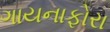
ગાયનાફોરા